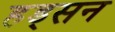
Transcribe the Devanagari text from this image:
हड्सन